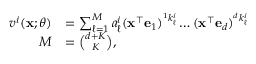
\begin{array} { r l } { v ^ { i } ( \mathbf { x } ; \theta ) } & { = \sum _ { \ell = 1 } ^ { M } a _ { \ell } ^ { i } ( \mathbf { x } ^ { \top } \mathbf { e } _ { 1 } ) ^ { ^ { 1 } k _ { \ell } ^ { i } } \dots ( \mathbf { x } ^ { \top } \mathbf { e } _ { d } ) ^ { ^ { d } k _ { \ell } ^ { i } } } \\ { \quad M } & { = \binom { d + K } { K } , } \end{array}